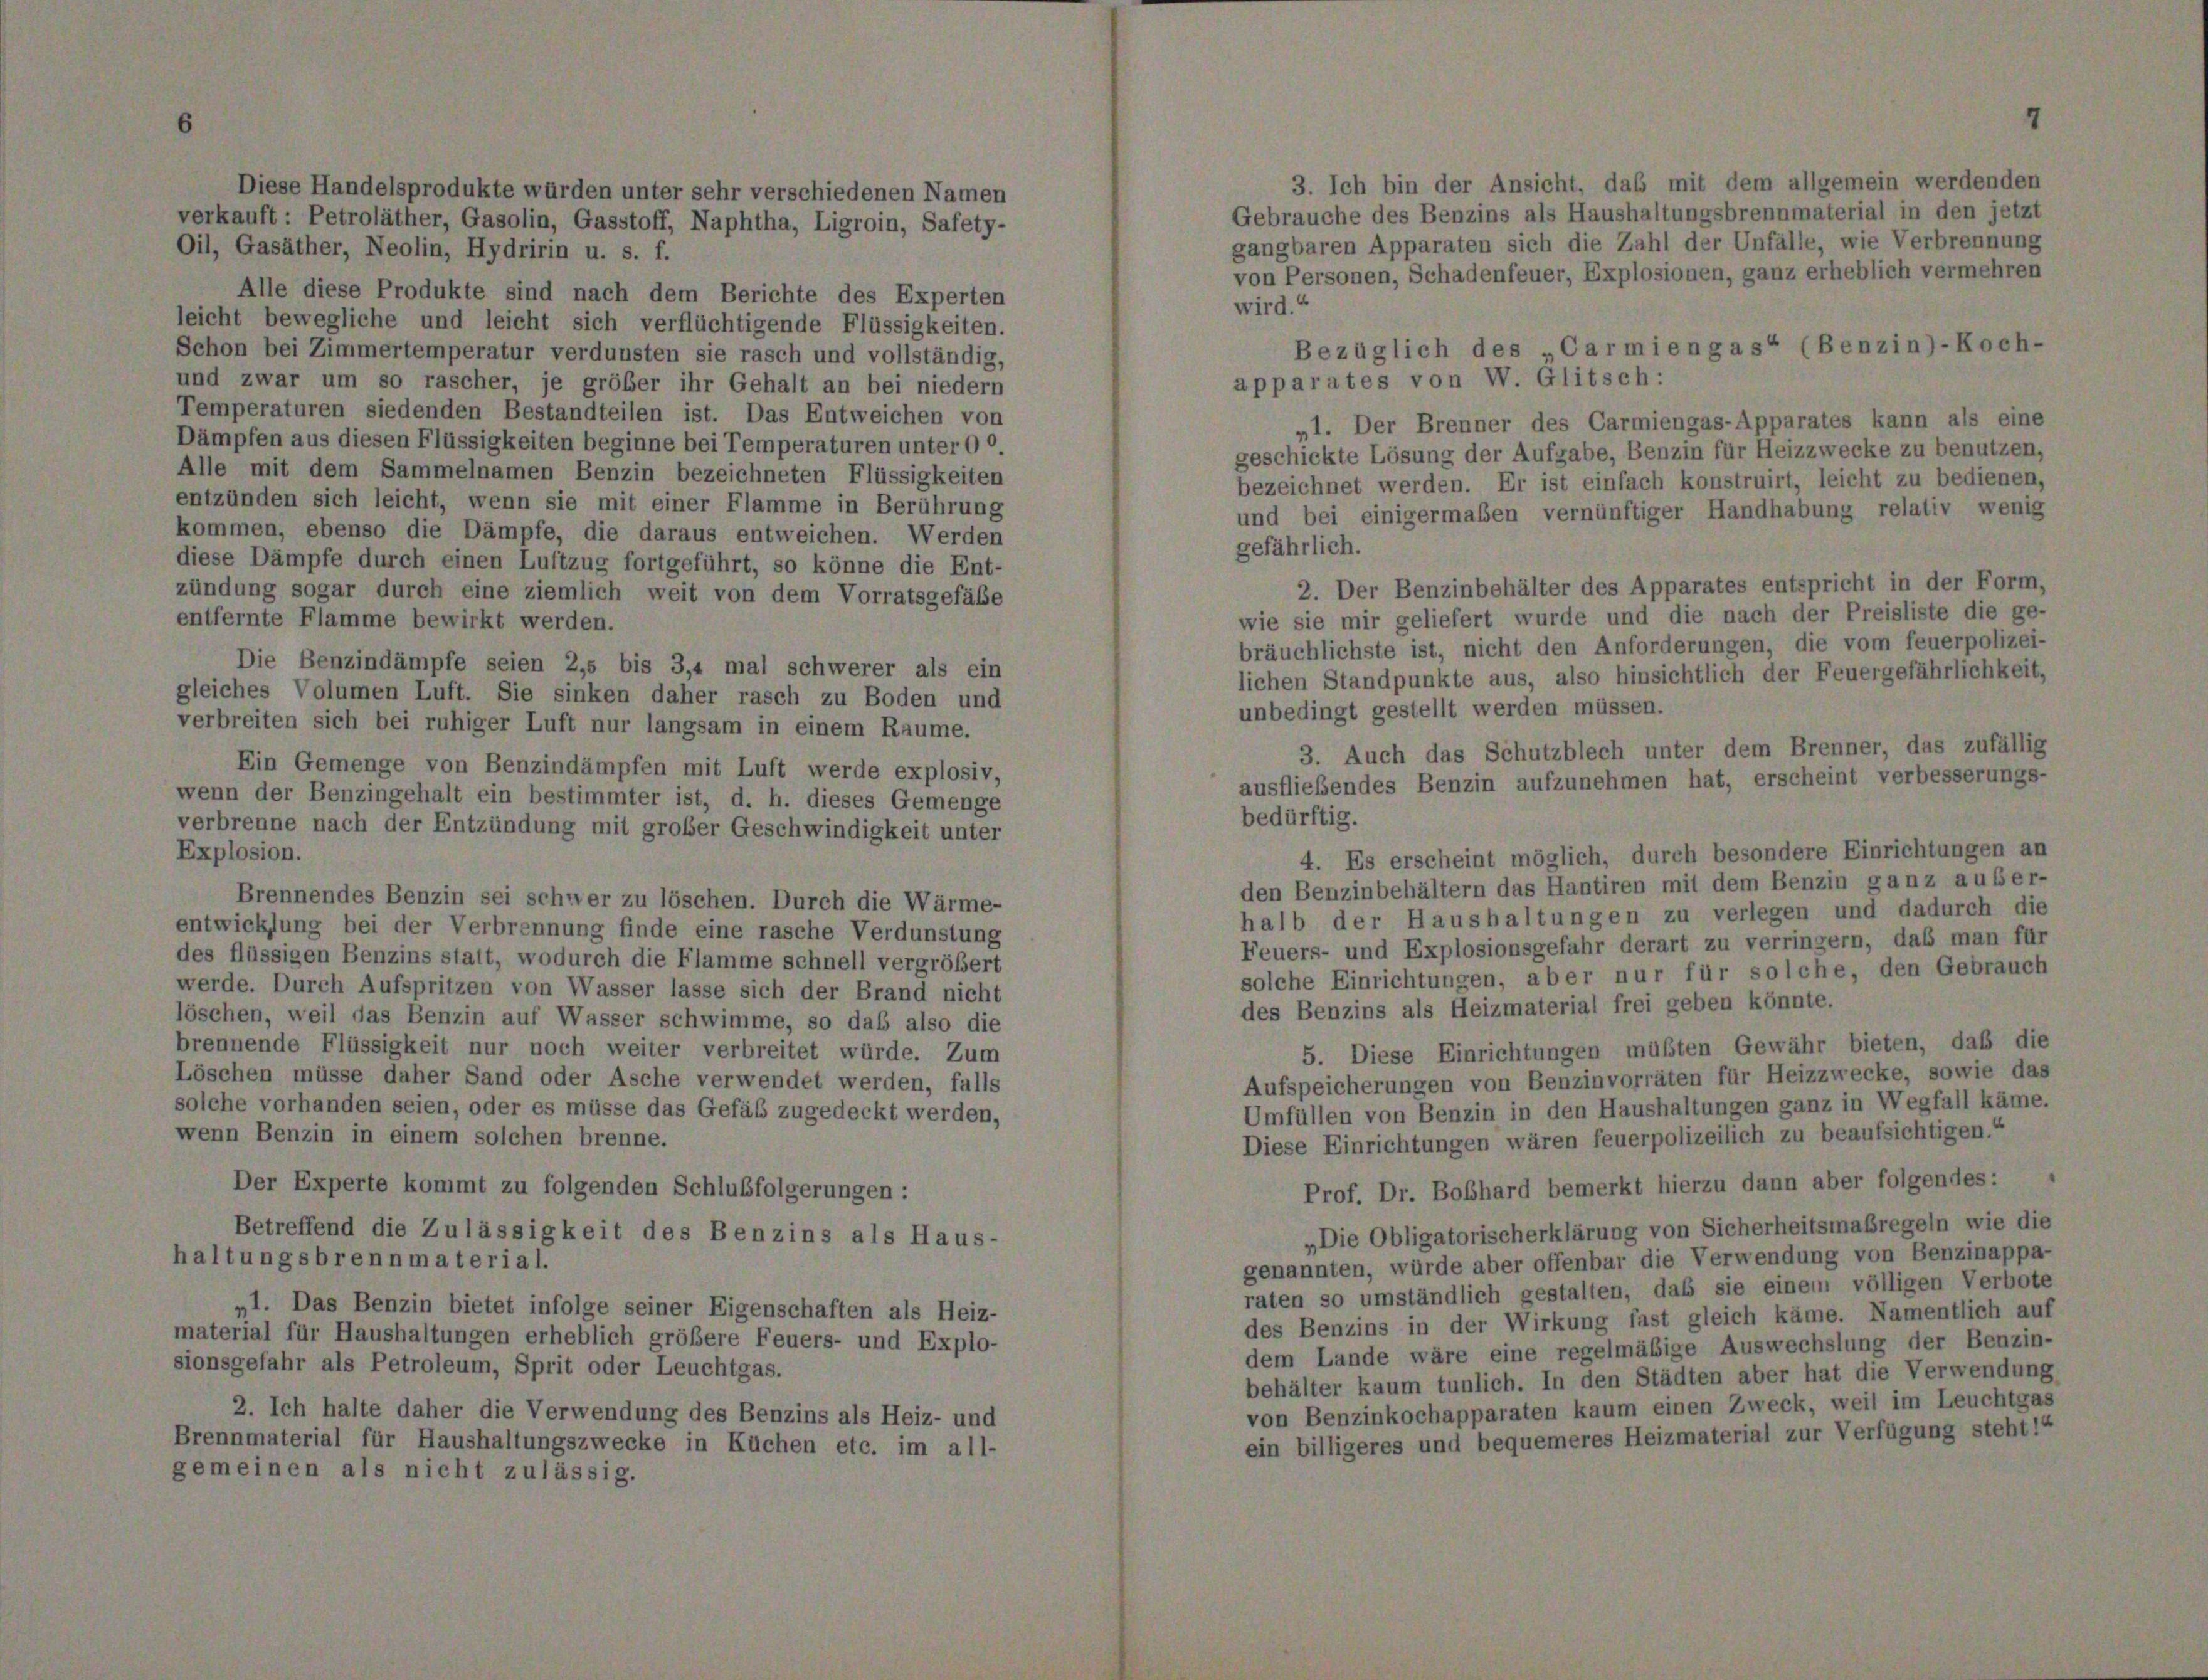
Diese Handelsprodukte würden unter sehr verschiedenen Namen
Gebrauche des Benzins als Haushaltungsbrennmaterial in den jetzt
verkauft : Petroläther, Gasolin, Gasstoff, Naphtha, Ligroin, Safety-
gangbaren Apparaten sich die Zahl der Unfälle, wie Verbrennung
Oil, Gasäther, Neolin, Hydririn u. s. f.
von Personen, Schadenfeuer, Explosionen, ganz erheblich vermehren
Alle diese Produkte sind nach dem Berichte des Experten
wird.“
leicht bewegliche und leicht sich verflüchtigende Flüssigkeiten.
Bezüglich des „Carmiengas“ (Benzin)-Koch-
Schon bei Zimmertemperatur verdunsten sie rasch und vollständig,
apparates von W. Glitsch:
und zwar um so rascher, je gröber ihr Gehalt an bei niedern
Temperaturen siedenden Bestandteilen ist. Das Entweichen von
„1. Der Brenner des Carmiengas-Apparates kann als eine
Dämpfen aus diesen Flüssigkeiten beginne bei Temperaturen unter 00.
geschickte Lösung der Aufgabe, Benzin für Heizzwecke zu benutzen,
Alle mit dem Sammelnamen Benzin bezeichneten Flüssigkeiten
bezeichnet werden. Er ist einfach konstruirt, leicht zu bedienen,
entzünden sich leicht, wenn sie mit einer Flamme in Berührung
und bei einigermaßen vernünftiger Handhabung relativ wenig
kommen, ebenso die Dämpfe, die daraus entweichen. Werden
gefährlich.
diese Dämpfe durch einen Luftzug fortgeführt, so könne die Ent-
2. Der Benzinbehälter des Apparates entspricht in der Form,
zündung sogar durch eine ziemlich weit von dem Vorratsgefäße
wie sie mir geliefert wurde und die nach der Preisliste die ge-
entfernte Flamme bewirkt werden.
bräuchlichste ist, nicht den Anforderungen, die vom feuerpolizei-
Die Benzindämpfe seien 2,5 bis 3,4 mal schwerer als ein
lichen Standpunkte aus, also hinsichtlich der Feuergefährlichkeit,
gleiches Volumen Luft. Sie sinken daher rasch zu Boden und
unbedingt gestellt werden müssen.
verbreiten sich bei ruhiger Luft nur langsam in einem Raume.
3. Auch das Schutzblech unter dem Brenner, das zufällig
Ein Gemenge von Benzindämpfen mit Luft werde explosiv,
ausfliebendes Benzin aufzunehmen hat, erscheint verbesserungs-
wenn der Benzingehalt ein bestimmter ist, d. h. dieses Gemenge
bedürftig.
verbrenne nach der Entzündung mit großer Geschwindigkeit unter
Explosion.
4. Es erscheint möglich, durch besondere Einrichtungen an
den Benzinbehältern das Hantiren mit dem Benzin ganz außer-
Brennendes Benzin sei schwer zu löschen. Durch die Wärme-
halb der Haushaltungen zu verlegen und dadurch die
entwicklung bei der Verbrennung finde eine rasche Verdunstung
Feuers- und Explosionsgefahr derart zu verringern, daß man für
des flüssigen Benzins statt, wodurch die Flamme schnell vergrößert
solche Einrichtungen, aber nur für solche, den Gebrauch
werde. Durch Aufspritzen von Wasser lasse sich der Brand nicht
des Benzins als Heizmaterial frei geben könnte.
löschen, weil das Benzin auf Wasser schwimme, so daß also die
brennende Flüssigkeit nur noch weiter verbreitet würde. Zum
5. Diese Einrichtungen müßten Gewähr bieten, daß die
Löschen müsse daher Sand oder Asche verwendet werden, falls
Aufspeicherungen von Benzinvorräten für Heizzwecke, sowie das
solche vorhanden seien, oder es müsse das Gefäß zugedeckt werden,
Umfüllen von Benzin in den Haushaltungen ganz in Wegfall käme.
wenn Benzin in einem solchen brenne.
Diese Einrichtungen wären feuerpolizeilich zu beaufsichtigen.“
Prof. Dr. Boßhard bemerkt hierzu dann aber folgendes:
Der Experte kommt zu folgenden Schlußfolgerungen:
„Die Obligatorischerklärung von Sicherheitsmaßregeln wie die
Betreffend die Zulässigkeit des Benzins als Haus-
haltungsbrennmaterial.
genannten, würde aber offenbar die Verwendung von Benzinappa-
raten so umständlich gestalten, das sie einem völligen Verbote
„1. Das Benzin bietet infolge seiner Eigenschaften als Heiz-
des Benzins in der Wirkung fast gleich käme. Namentlich auf
material für Haushaltungen erheblich größere Feuers- und Explo-
dem Lande wäre eine regelmäßige Auswechslung der Benzin-
sionsgefahr als Petroleum, Sprit oder Leuchtgas.
behälter kaum tunlich. In den Städten aber hat die Verwendung
von Benzinkochapparaten kaum einen Zweck, weil im Leuchtgas
2. Ich halte daher die Verwendung des Benzins als Heiz- und
ein billigeres und bequemeres Heizmaterial zur Verfügung steht!“
Brennmaterial für Haushaltungszwecke in Küchen etc. im all-
gemeinen als nicht zulässig.